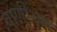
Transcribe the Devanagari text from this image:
वाणीश्वर